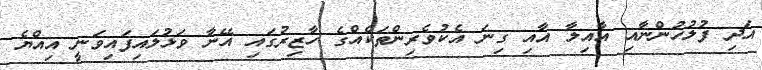
އަދި ފުލުހުންނާއި އާއިލާ އާއި ގިނަ އެކުވެރިންތަކެއްގެ ހާޒިރުގައި އޭނާ ވަޅުލައިފައިވަނީ އިއްޔެ